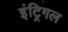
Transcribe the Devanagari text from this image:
इंट्रिगल